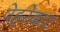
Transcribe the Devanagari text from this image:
पेहरेदार